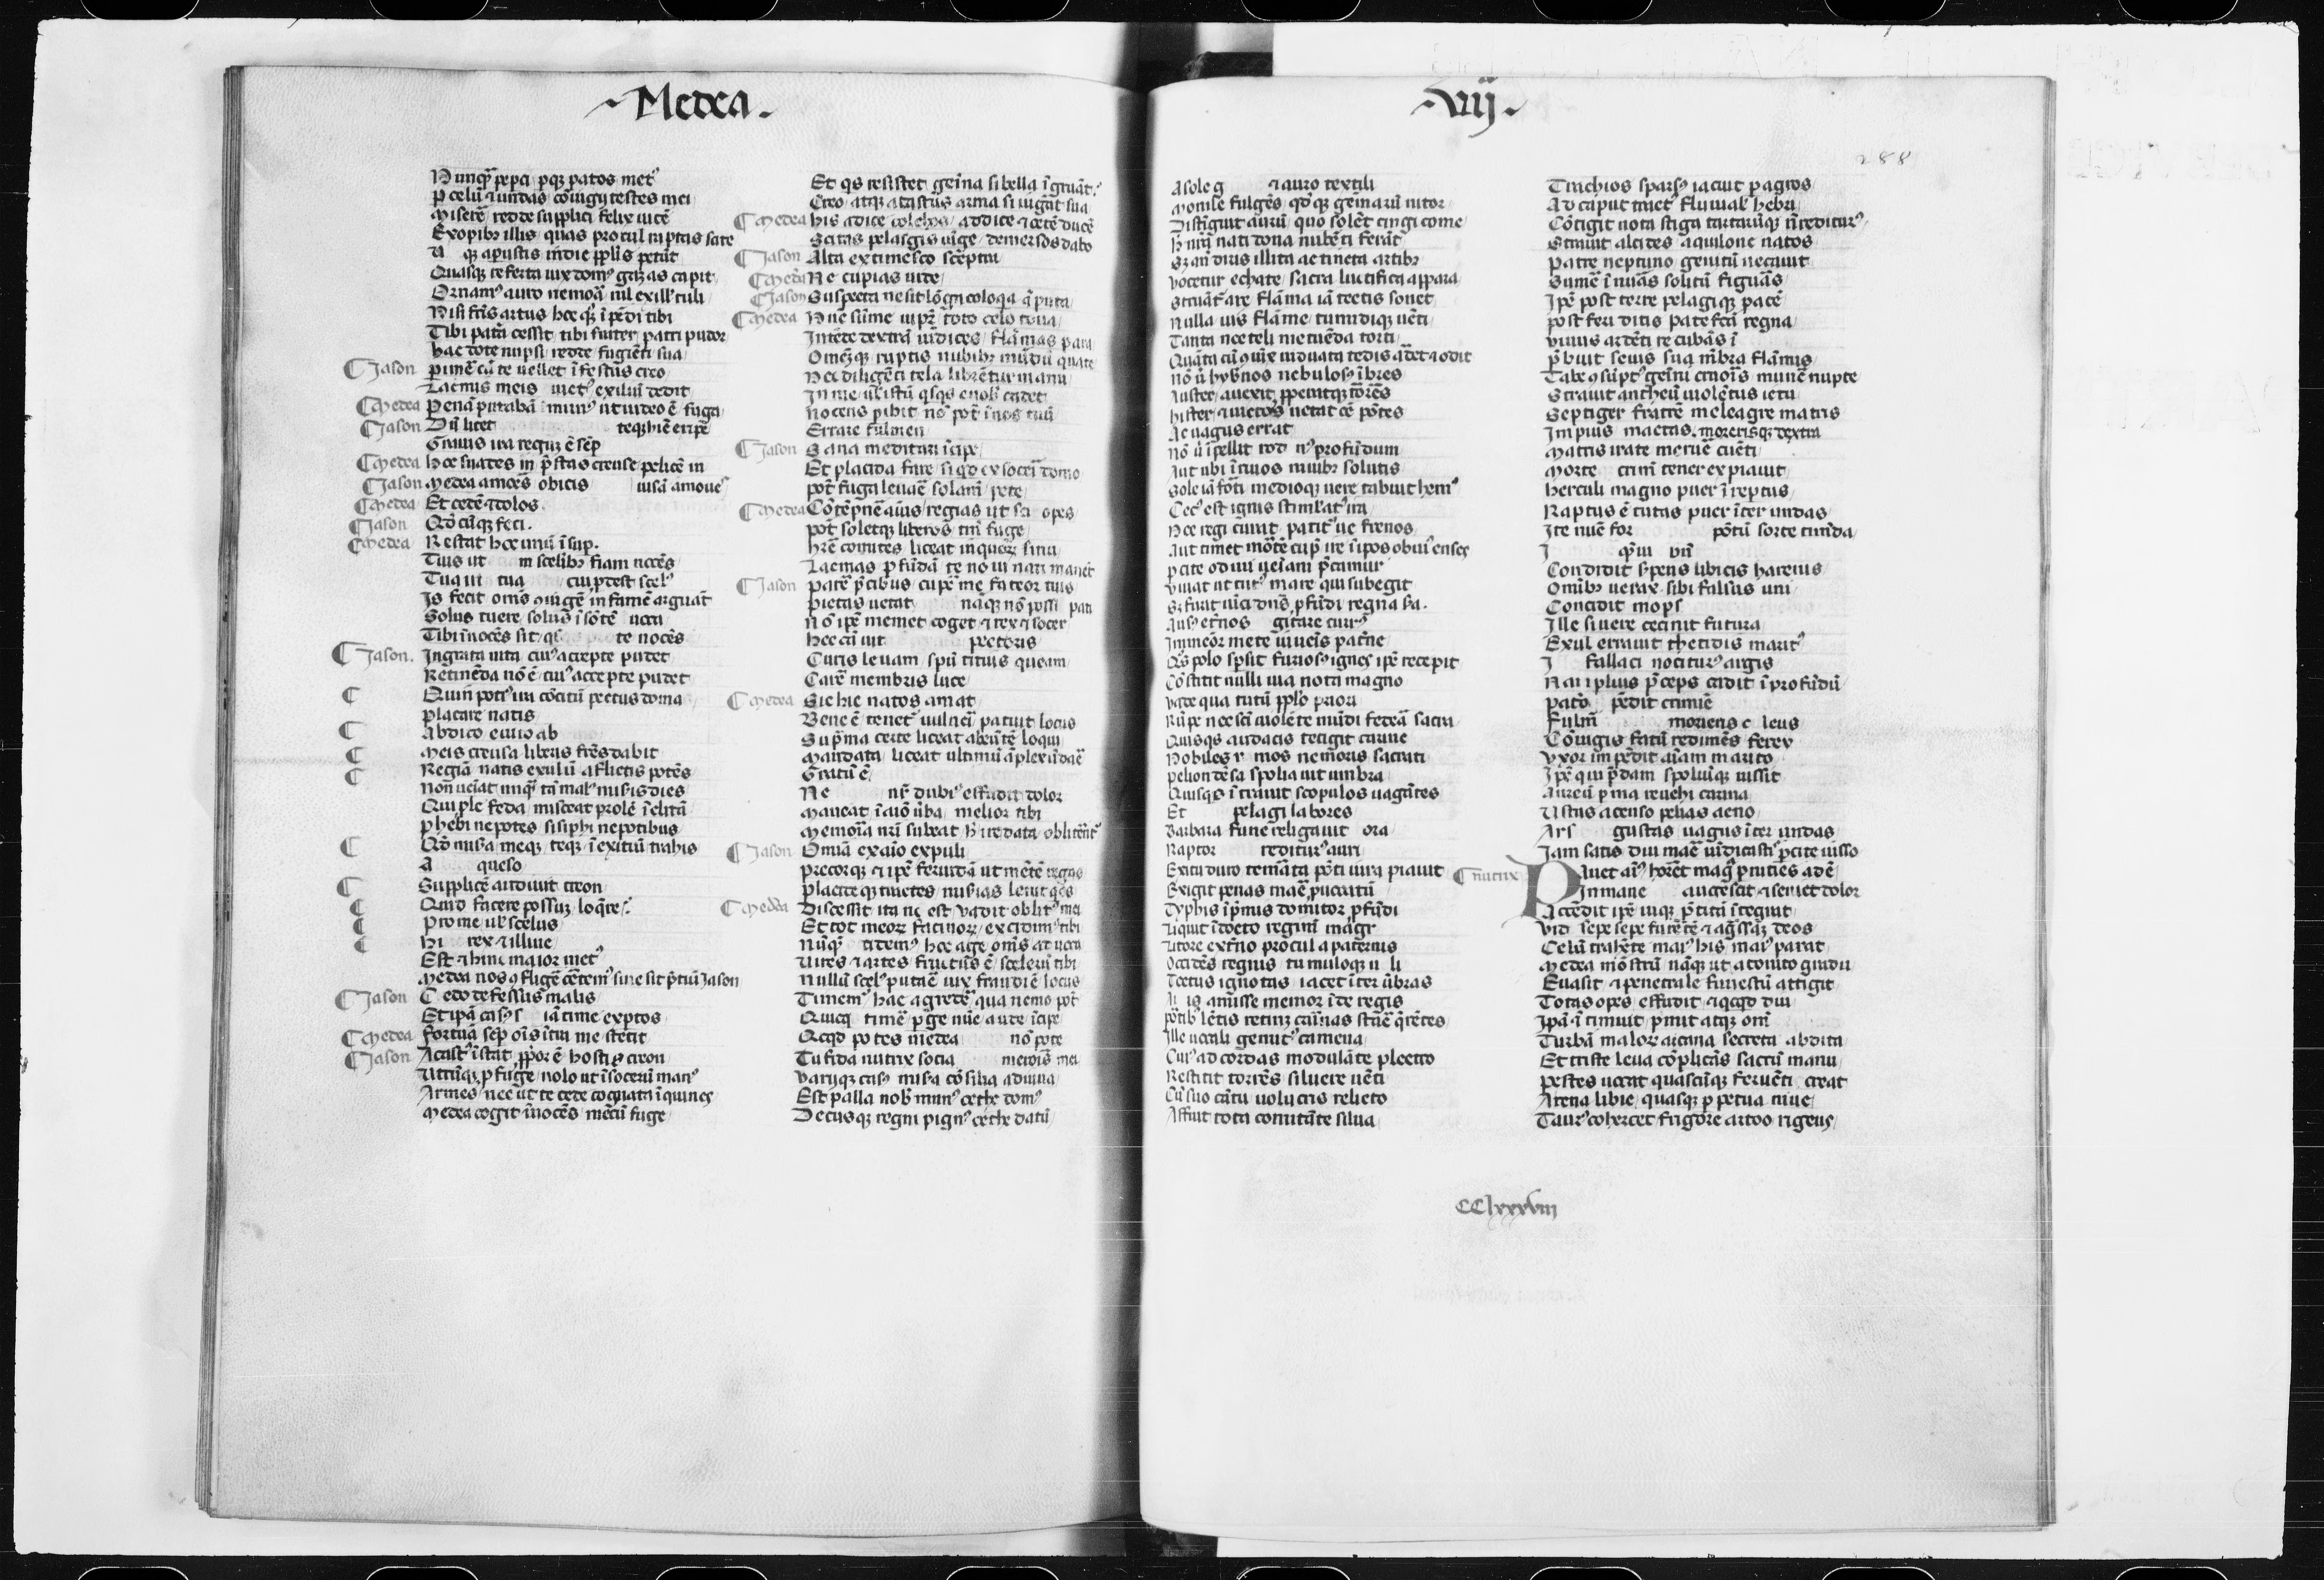
Shelfmark: Paris, BnF, lat. 6395
Century: 14